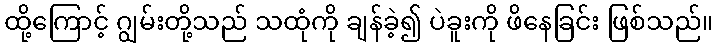
ထို့ကြောင့် ဂျွမ်းတို့သည် သထုံကို ချန်ခဲ့၍ ပဲခူးကို ဖိနေခြင်း ဖြစ်သည်။